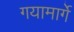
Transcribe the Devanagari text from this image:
गयामार्गे